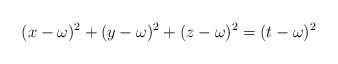
\begin{align*}(x-\omega)^2+(y-\omega)^2+(z-\omega)^2=(t-\omega)^2\end{align*}